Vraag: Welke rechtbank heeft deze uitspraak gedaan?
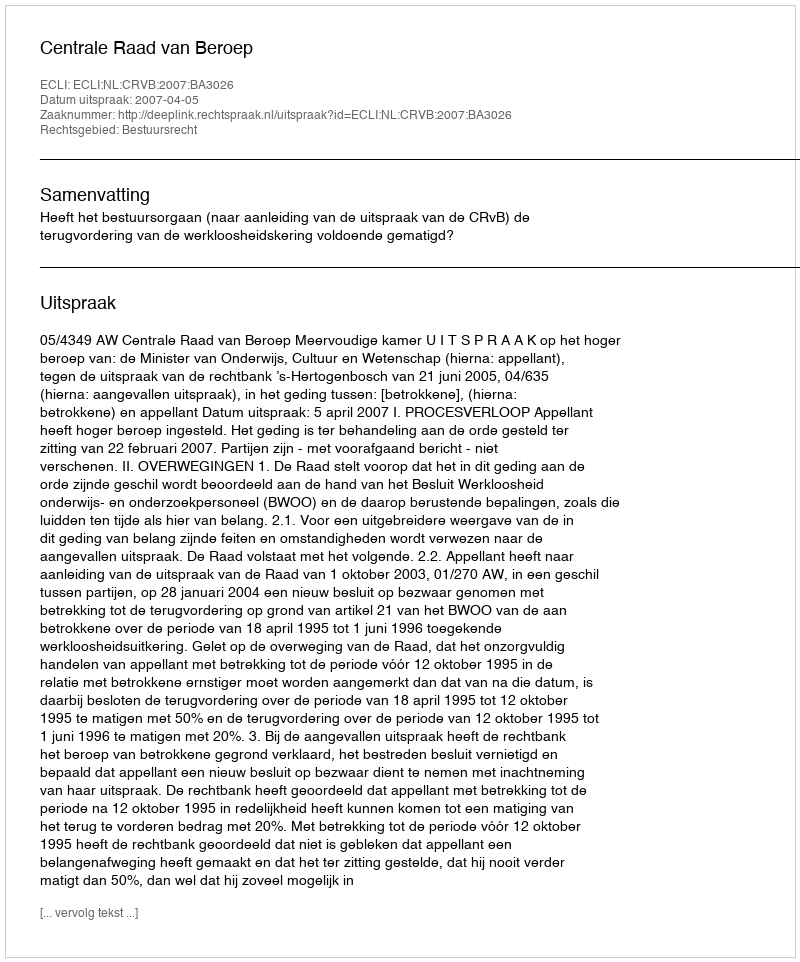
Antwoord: Centrale Raad van Beroep